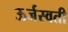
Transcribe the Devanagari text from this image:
ऊर्जस्वती